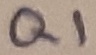
Text: Q1